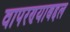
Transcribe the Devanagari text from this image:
वापरण्याबद्दल